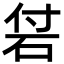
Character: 𥑧